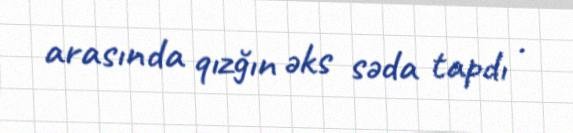
arasında qızğın əks səda tapdı .